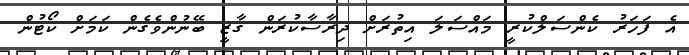
އެ ފަހަރު ކެންސަލްކުރީ މައްސަލަ އިތުރަށް ދިރާސާކުރަން ގާޒީ ބޭނުންވެގެން ކަމަށް ކޯޓުން